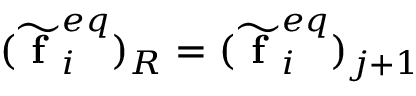
( \widetilde { \textbf { f } } _ { i } ^ { e q } ) _ { R } = ( \widetilde { \textbf { f } } _ { i } ^ { e q } ) _ { j + 1 }